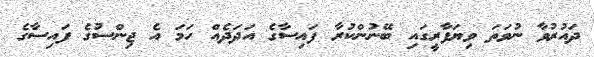
ދައުރުވާ ނުވަތަ ވިޔަފާރީގައި ބޭނުންކުރާ ފައިސާގެ އަދަދެއް ހަމަ އެ ޖިންސުގެ ފައިސާގެ